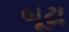
બૂઢા